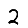
Digit: 2